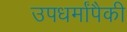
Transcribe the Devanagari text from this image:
उपधर्मांपैकी